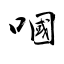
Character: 嘓